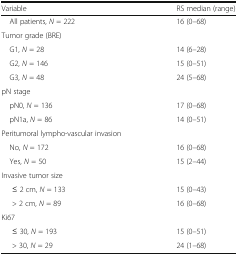
<table><thead><tr><td><b>Variable</b></td><td><b>RS median (range)</b></td></tr></thead><tbody><tr><td> All patients, <i>N</i> = 222</td><td>16 (0–68)</td></tr><tr><td colspan="2">Tumor grade (BRE)</td></tr><tr><td> G1, <i>N</i> = 28</td><td>14 (6–28)</td></tr><tr><td> G2, <i>N</i> = 146</td><td>15 (0–51)</td></tr><tr><td> G3, <i>N</i> = 48</td><td>24 (5–68)</td></tr><tr><td colspan="2">pN stage</td></tr><tr><td> pN0, <i>N</i> = 136</td><td>17 (0–68)</td></tr><tr><td> pN1a, <i>N</i> = 86</td><td>14 (0–51)</td></tr><tr><td colspan="2">Peritumoral lympho-vascular invasion</td></tr><tr><td> No, <i>N</i> = 172</td><td>16 (0–68)</td></tr><tr><td> Yes, <i>N</i> = 50</td><td>15 (2–44)</td></tr><tr><td colspan="2">Invasive tumor size</td></tr><tr><td>≤ 2 cm, <i>N</i> = 133</td><td>15 (0–43)</td></tr><tr><td>&gt; 2 cm, <i>N</i> = 89</td><td>16 (0–68)</td></tr><tr><td colspan="2">Ki67</td></tr><tr><td>≤ 30, <i>N</i> = 193</td><td>15 (0–51)</td></tr><tr><td>&gt; 30, <i>N</i> = 29</td><td>24 (1–68)</td></tr></tbody></table>